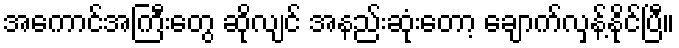
အကောင်အကြီးတွေ ဆိုလျင် အနည်းဆုံးတော့ ချောက်လှန့်နိုင်ပြီ။